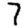
Digit: 7